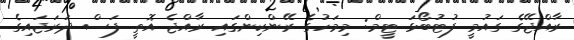
ރާއްޖޭގެ ގައުމީ ފުޓުބޯޅަ ޓީމް: މިމަހުގެ ރޭންކިންގައި ރާއްޖެ އޮތީ ފަސް ދަރަޖައިގެ